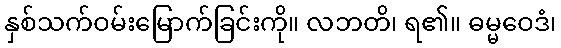
နှစ်သက်ဝမ်းမြောက်ခြင်းကို။ လဘတိ၊ ရ၏။ ဓမ္မဝေဒံ၊